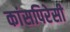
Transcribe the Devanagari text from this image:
कांसपिरेसी